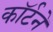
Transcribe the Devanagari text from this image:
कॉर्टने